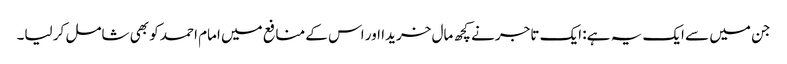
جن میں سے ایک یہ ہے: ایک تاجر نے کچھ مال خریدا اور اس کے منافع میں امام احمد کو بھی شامل کر لیا۔